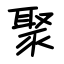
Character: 聚